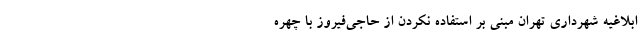
ابلاغیه شهرداری تهران مبنی بر استفاده نکردن از حاجی‌فیروز با چهره